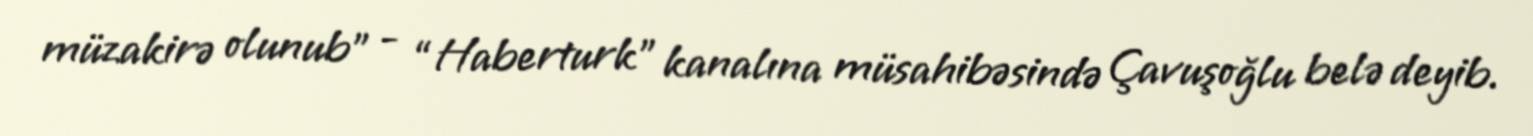
müzakirə olunub” - “Haberturk” kanalına müsahibəsində Çavuşoğlu belə deyib.